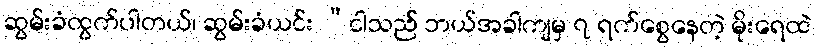
ဆွမ်းခံထွက်ပါတယ်၊ ဆွမ်းခံယင်း “ငါသည် ဘယ်အခါကျမှ ၇ ရက်စွေနေတဲ့ မိုးရေထဲ